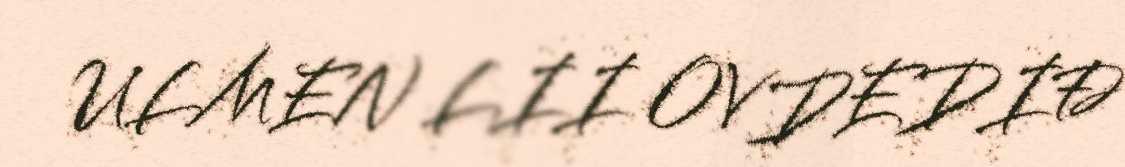
ULMEN LII OVDEDIĐ